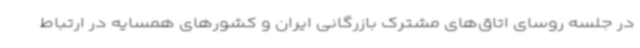
در جلسه روسای اتاق‌های مشترک بازرگانی ایران و کشورهای همسایه در ارتباط